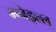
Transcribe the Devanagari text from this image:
म्च्नेइल्ल्